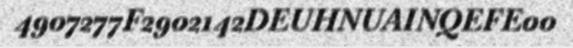
4907277F2902142DEUHNUAINQEFE00